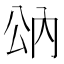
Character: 𰃠